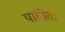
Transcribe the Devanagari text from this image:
पार्तितो